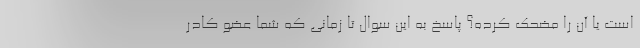
است یا آن را مضحک کرده؟ پاسخ به این سوال تا زمانی که شما عضو کادر